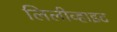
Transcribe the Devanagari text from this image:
लिलीव्हाइट